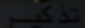
\overline{{1}}_{2}